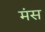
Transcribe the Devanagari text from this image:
मंस